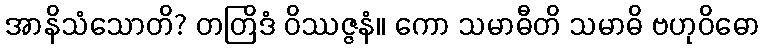
အာနိသံသောတိ? တတြိဒံ ဝိဿဇ္ဇနံ။ ကော သမာဓီတိ သမာဓိ ဗဟုဝိဓော